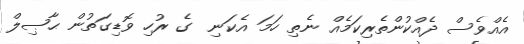
އެއްވެސް ދެއްކުންތެރިކަމެއް ނެތި ހަމަ އެކަނި  ގެ ރުހި ވޮޑިގަތުން ޙާޞިލް